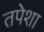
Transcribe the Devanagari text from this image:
तपेशा